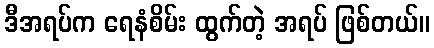
ဒီအရပ်က ရေနံစိမ်း ထွက်တဲ့ အရပ် ဖြစ်တယ်။